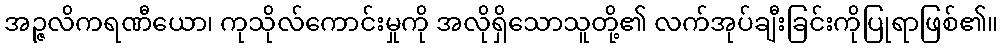
အဉ္ဇလိကရဏီယော၊ ကုသိုလ်ကောင်းမှုကို အလိုရှိသောသူတို့၏ လက်အုပ်ချီးခြင်းကိုပြုရာဖြစ်၏။